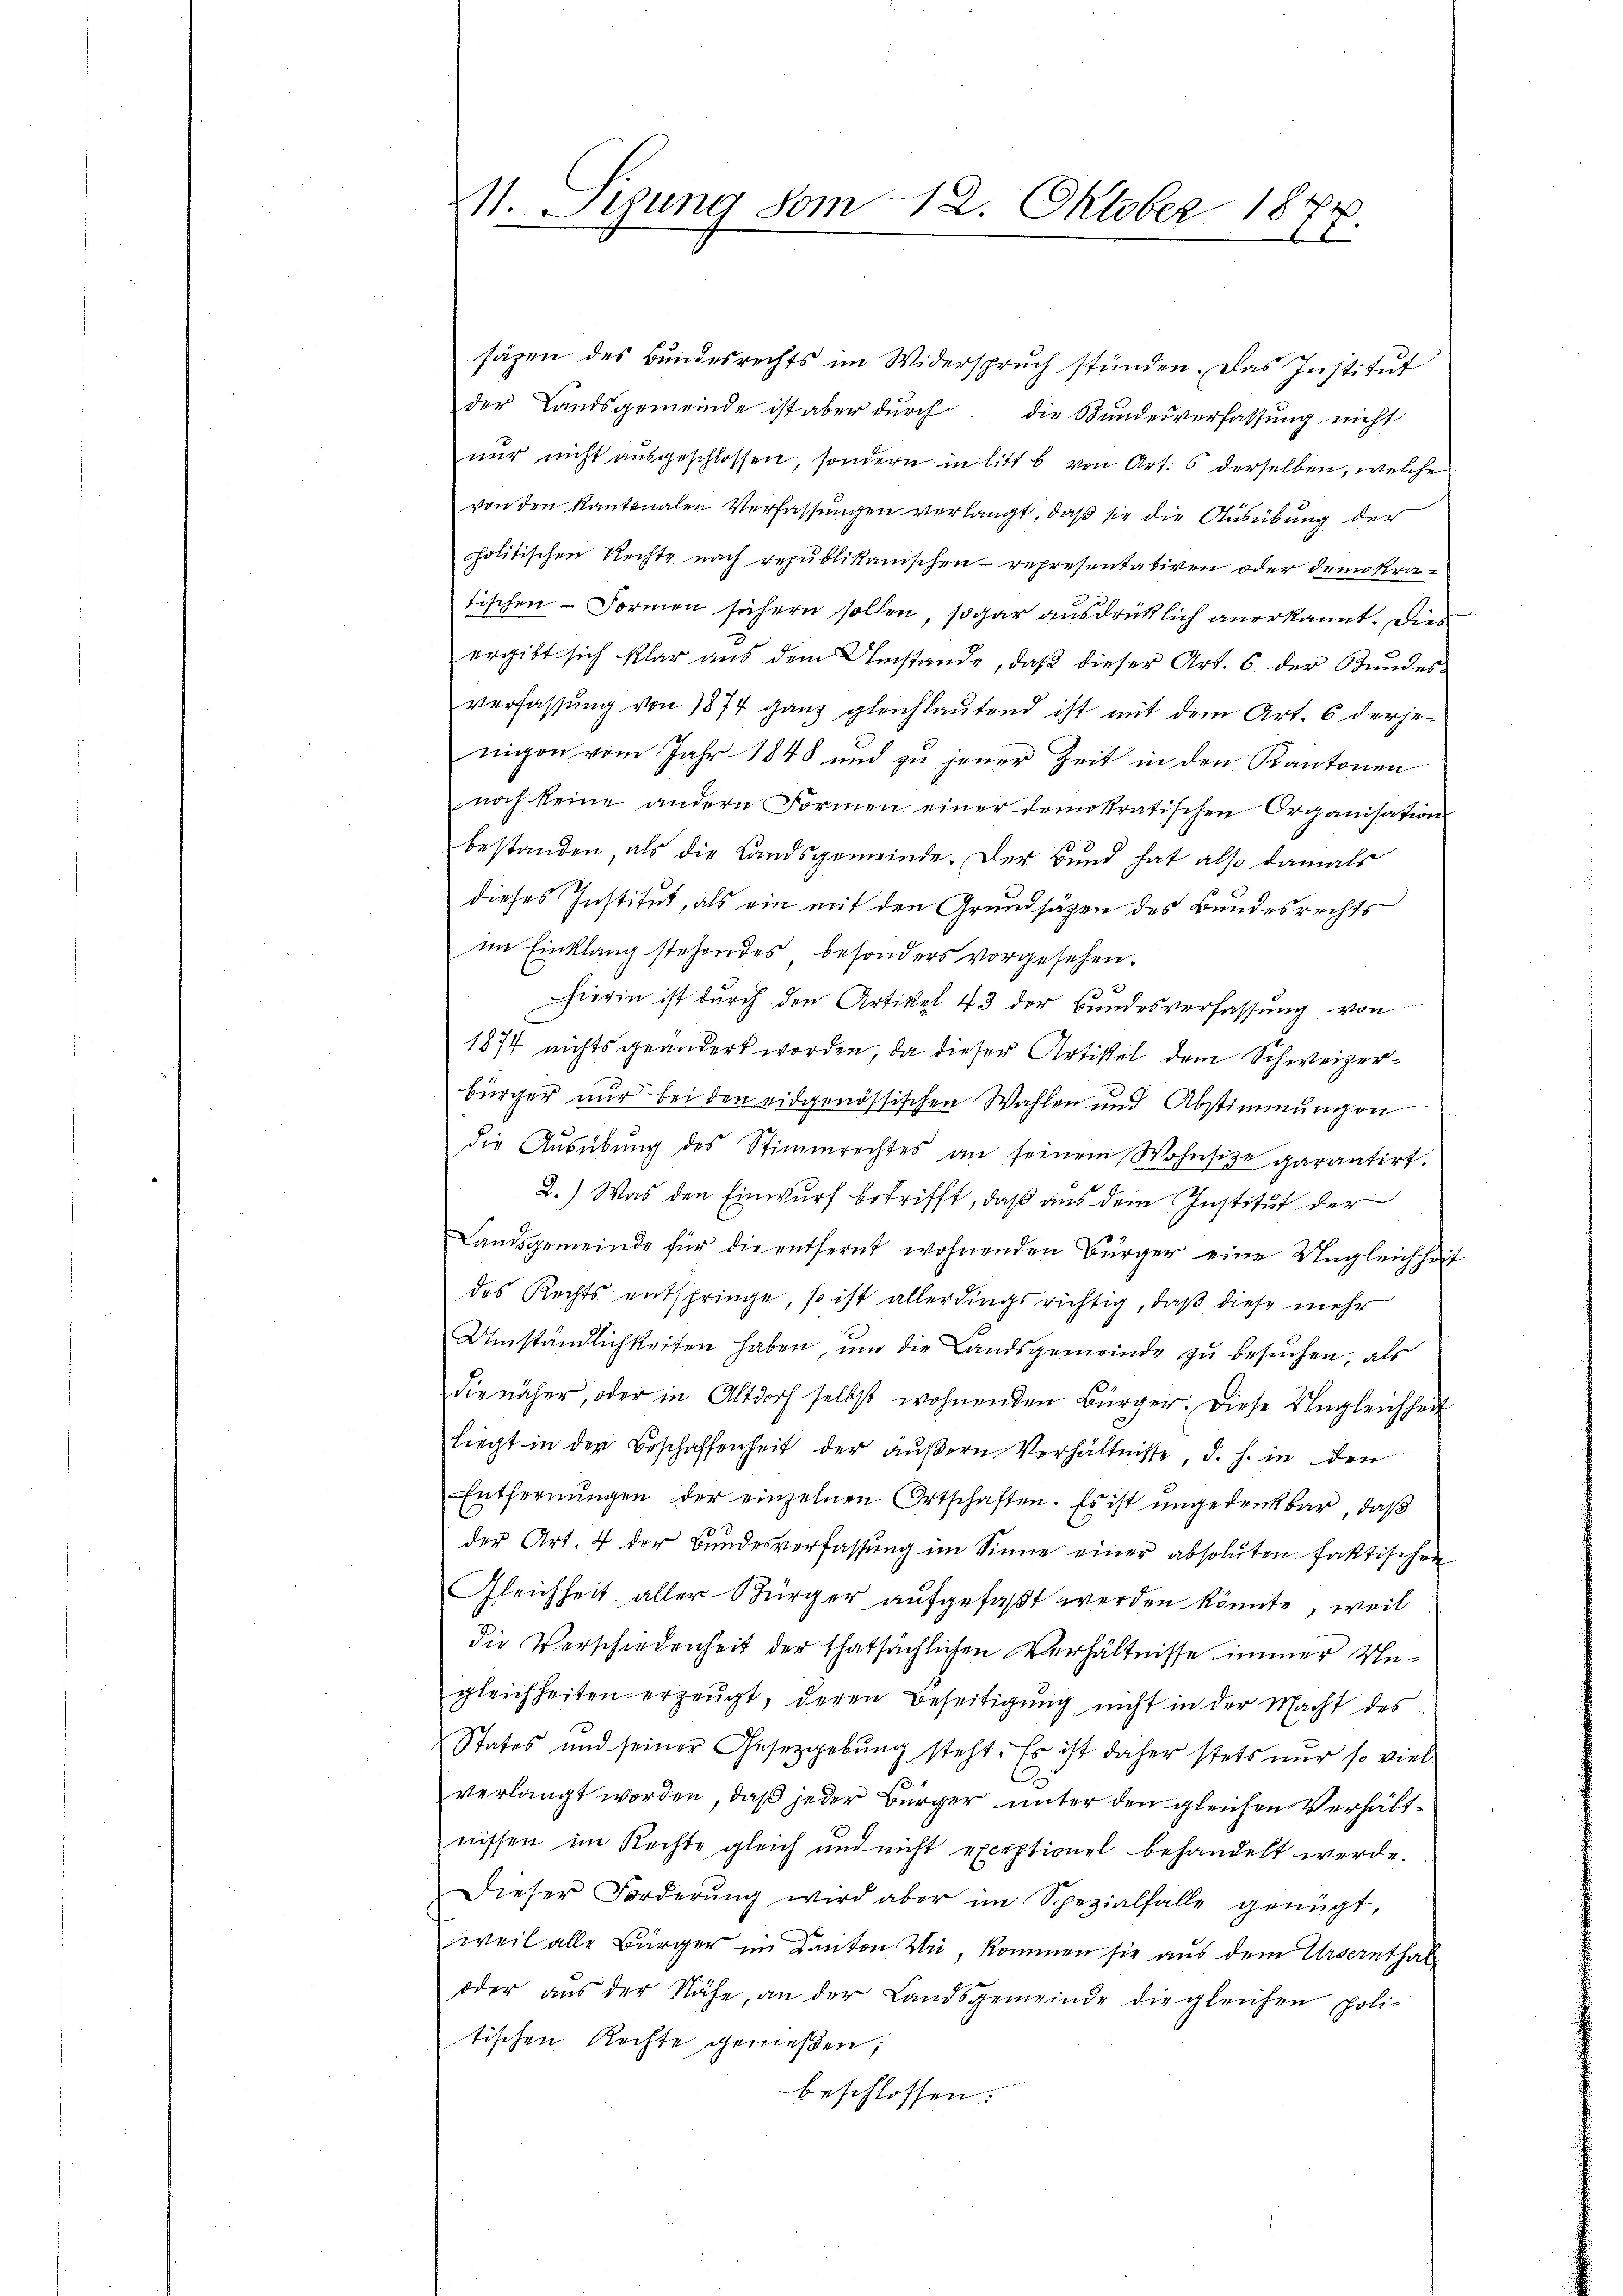
11. Segung vom 18. Oktober 1877.

säzen des Bundesrechts im Widerspruch stünden. Das Institut
der Landsgemeinde ist aber dŭrch die Bundesverfassung nicht
nur nicht ausgeschlossen, sondern in litt b. von Art. 6 derselben, welche
von den Kantonalen Verfassungen verlangt, daß sie die Ausübung der
politischen Rechte nach republikanischen representativen oder demokra-
tischen Formen sichern sollen, sogar ausdrücklich anerkannt. Dies
ergibt sich klar aŭs dem Umstände, daβ dieser Art. 6 der Bŭndes-
verfassung von 1874 ganz gleichlautend ist mit dem Art. 6 derje
nigen vom Jahr 1848 und zu jener Zeit in den Kantonen
noch keine andern Formen einer demokratischen Organisations
bestanden, als die Landsgemeinde. Der Bund hat also damals
dieses Institut, als ein mit den Grundsätzen des Bundesrechts
im Einklang stehendes besonders vorgesehen.
hierin ist durch den Artikel 43 der Bundesverfassung von
1874 nichts geändert worden, da dieser Artikel dem Schweizerbürger nur bei den eidgenössischen Wahlen und Abstimmungen
die Aŭsübŭng des Stimmrechtes an seinem Wohnsitze garantirt.
2.) Was den Einwurf betrifft, daß aus dem Institut der
Landsgemeinde für die entfernt wohnenden Bürger eine Ungleichheit
des Rechts entspringe, so ist allerdings richtig, daß diese mehr
Umständlichkeiten haben, um die Landsgemeinde zu besuchen, als
die näher, oder in Altdorf selbst wohnenden Bürger. Diese Ungleichheit
liegt in der Beschaffenheit der äŭβern Verhältnisse d. h. in den
Entfernŭngen der einzelnen Ortschaften. Es ist ungedenkbar, daß
der Art. 4 der Bŭndesverfassŭng im Sinne einer absoluten faktischen
Gleichheit aller Bürger aufgefaßt werden könnte, weil
die Verschiedenheit der thatsächlichen Verhältnisse immer Ungleichheiten erzeugt, deren Beseitigŭng nicht in der Macht des
States und seiner Gesetzgebung steht. Es ist daher stets nur so viel
verlangt worden, daß jeder Bürger unter den gleichen Verhältnissen im Rechte gleich und nicht exceptionel behandelt werde.
Dieser Forderŭng wird aber im Spezialfalle genügt.
weil alle Bürger im Kanton Wie, kommen sie aus dem Ursernthal
oder aŭs der Nähe, an der Landsgemeinde die gleichen poli-
tischen Rechte gemeßen;
beschlossen: